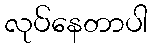
လုပ်နေတာပါ